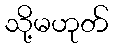
သို့မဟုတ်